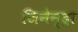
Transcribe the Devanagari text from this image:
जिनेन्द्रा